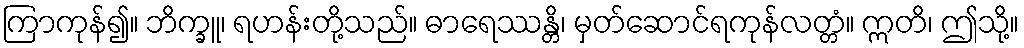
ကြာကုန်၍။ ဘိက္ခူ၊ ရဟန်းတို့သည်။ ဓာရေဿန္တိ၊ မှတ်ဆောင်ရကုန်လတ္တံ။ ဣတိ၊ ဤသို့။